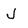
Character: J